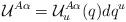
LaTeX: \begin{align*}{\mathcal U}^{A\alpha} = {\mathcal U}^{A\alpha}_u (q) d q^u\end{align*}